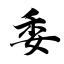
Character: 委